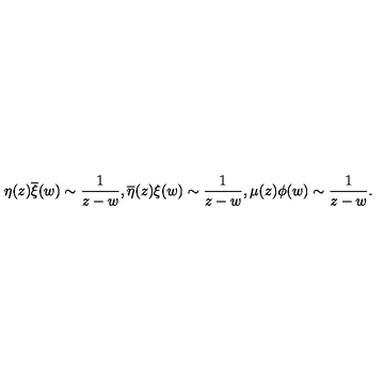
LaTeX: \eta ( z ) \overline { { \xi } } ( w ) \sim \frac { 1 } { z - w } , \overline { { \eta } } ( z ) { \xi } ( w ) \sim \frac { 1 } { z - w } , \mu ( z ) { \phi } ( w ) \sim \frac { 1 } { z - w } .